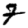
Digit: 7